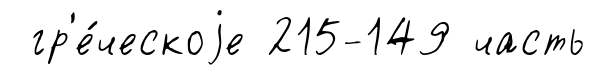
гр'е́ческоjе 215-149 часть